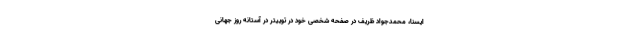
ایسنا، محمدجواد ظریف در صفحه شخصی خود در توییتر در آستانه روز جهانی